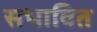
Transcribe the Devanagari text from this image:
सभावित